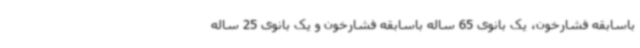
باسابقه فشارخون، یک بانوی 65 ساله باسابقه فشارخون و یک بانوی 25 ساله